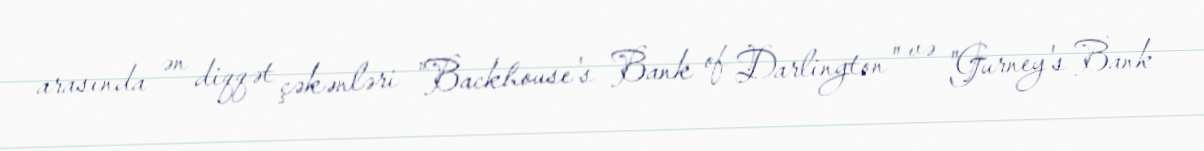
arasında ən diqqət çəkənləri "Backhouse's Bank of Darlington" və "Gurney's Bank